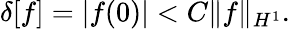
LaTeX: \delta[f]=|f(0)|<C\| f\| _{H^{1}}.